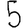
Digit: 5